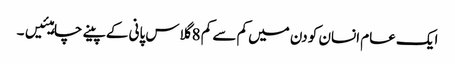
ایک عام انسان کو دن میں کم سے کم 8 گلاس پانی کے پینے چاہیئیں۔